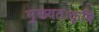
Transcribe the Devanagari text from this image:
मुख्यतःकृषि